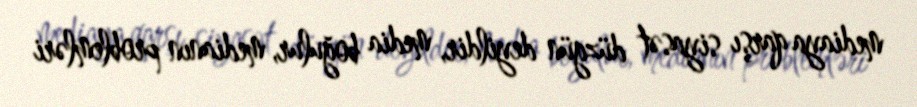
mediaya qarşı siyasət düzgün deyildir, media boğulur, medianın problemləri